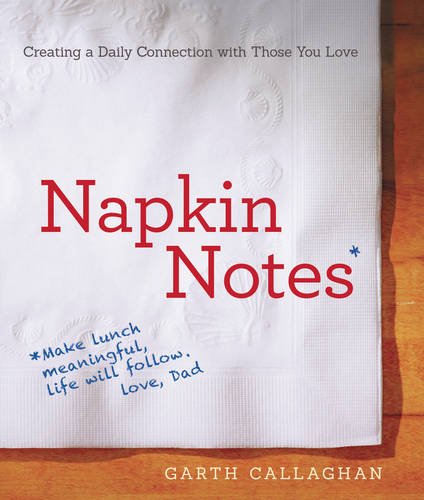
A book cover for Napkin Notes: Make Lunch Meaningful, Life Will Follow; W. Garth Callaghan; Parenting & Relationships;